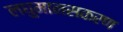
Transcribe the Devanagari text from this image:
लघुमानसकरण